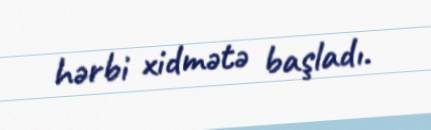
hərbi xidmətə başladı.